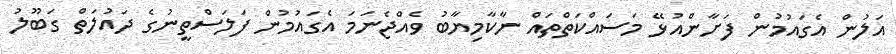
އަލުން އެގައުމުން ފަށާންއުޅޭ މަސައްކަތްތައް ނާކާމިޔާބު ވެއްޖެނަމަ އެގައުމުން ފަލަސްތީނުގެ ދައުލަތް ގަބޫލު